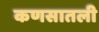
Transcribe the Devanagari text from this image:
कणसातली